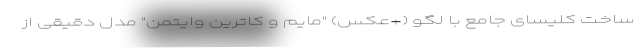
ساخت کلیسای جامع با لگو (+عکس) "مایم و کاترین وایتمن" مدل دقیقی از